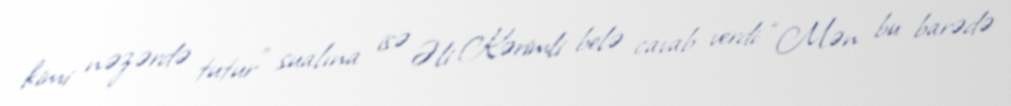
kimi nəzərdə tutur” sualına isə Əli Kərimli belə cavab verdi: “Mən bu barədə